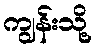
ကျွန်းသို့